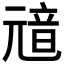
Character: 𩐘